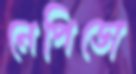
নেপিডো